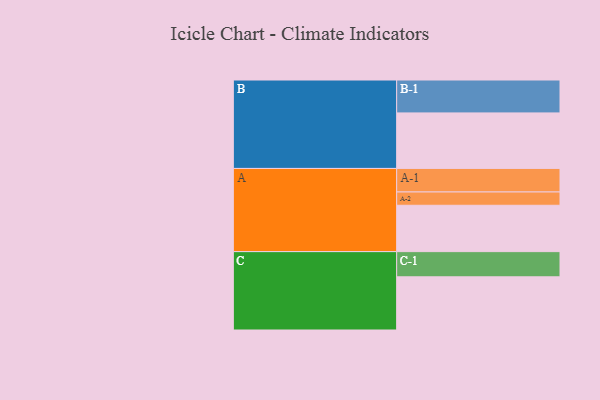
{"axis": {"x": "Segment", "y": "Value"}, "legend": ["", "A", "B", "C"], "data": [{"x": "A", "y": 414, "type": ""}, {"x": "B", "y": 496, "type": ""}, {"x": "C", "y": 475, "type": ""}, {"x": "A-1", "y": 210, "type": "A"}, {"x": "A-2", "y": 119, "type": "A"}, {"x": "B-1", "y": 294, "type": "B"}, {"x": "C-1", "y": 225, "type": "C"}]}